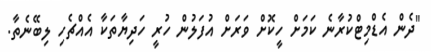
"ދެން އެޑްމިޓްކުރާނެ ކަމަށް ހީކޮށް ވަރަށް އުފަލުން ހުރީ ހަދިޔާތަކާ އެއްޗެހި ލިބޭނެތާ.